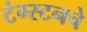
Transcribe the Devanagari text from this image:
टंग्स्टनचे